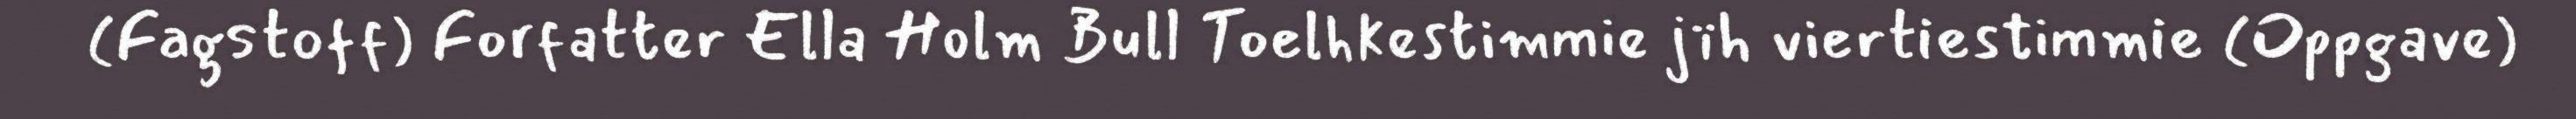
(Fagstoff) Forfatter Ella Holm Bull Toelhkestimmie jïh viertiestimmie (Oppgave)